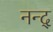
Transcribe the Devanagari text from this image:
नन्द्